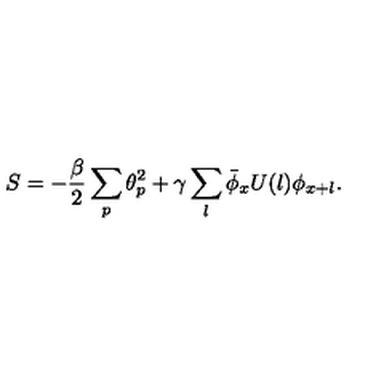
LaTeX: S = - \frac { \beta } { 2 } \sum _ { p } { \theta } _ { p } ^ { 2 } + \gamma \sum _ { l } \bar { \phi } _ { x } U ( l ) \phi _ { x + l } .